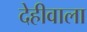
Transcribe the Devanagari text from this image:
देहीवाला